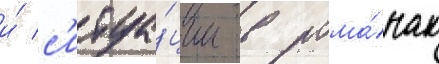
и́ с'итуа́ции в рома́нах